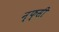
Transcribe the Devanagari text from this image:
न्फ्सी